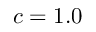
c = 1 . 0